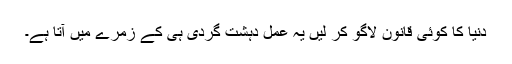
دنیا کا کوئی قانون لاگو کر لیں یہ عمل دہشت گردی ہی کے زمرے میں آتا ہے۔